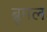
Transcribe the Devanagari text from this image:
ब्रूमल